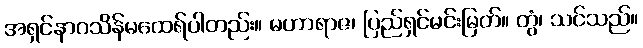
အရှင်နာဂသိန်မထေရ်ပါတည်း။ မဟာရာဇ၊ ပြည်ရှင်မင်းမြတ်။ တွံ၊ သင်သည်။